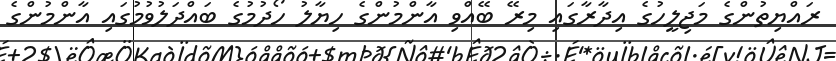
ރައްޔިތުންގެ މަޖިލީހުގެ އިދާރާގައި މިރޭ ބޭއްވި އާންމުންގެ ހިޔާލު ހޯދުމުގެ ބައްދަލުވުމުގައި އާންމުންގެ